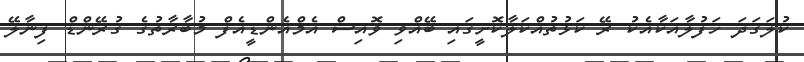
ކުލަގަދަ ހަފުލާއަކާއެކު ރޭ ކަޅުތުއްކަލާކޮށީގައި ބޭއްވި ވޮއިސް އެމްއެންޑީއެފް މުބާރާތުގެ ގުރޭންޑް ފިނާލޭ